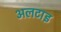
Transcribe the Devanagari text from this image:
अलटाइ